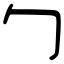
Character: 勹